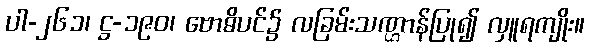
ပါ-၂၆၁၊ ဋ္ဌ-၁၉၀၊ ဗောဓိပင်၌ လခြမ်းသဏ္ဌာန်ပြု၍ လှူရကျိုး။